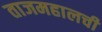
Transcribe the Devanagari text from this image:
ताजमहालची